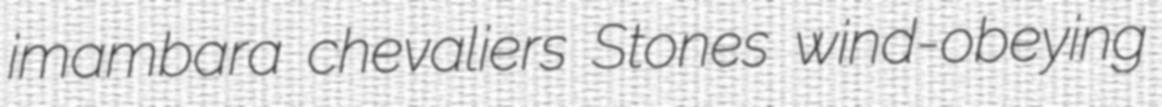
imambara chevaliers Stones wind-obeying